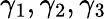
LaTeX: \gamma_{1},\gamma_{2},\gamma_{3}